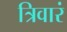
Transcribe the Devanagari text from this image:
त्रिवारं